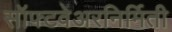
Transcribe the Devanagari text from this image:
सॉफ्टवेअरनिर्मिती